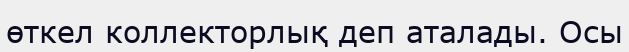
өткел коллекторлық деп аталады. Осы